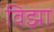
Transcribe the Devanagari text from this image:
विझा